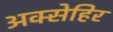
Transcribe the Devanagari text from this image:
अक्सेहिर